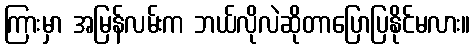
ကြားမှာ အမြန်လမ်းက ဘယ်လိုလဲဆိုတာပြောပြနိုင်မလား။